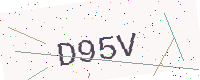
Text: D95V